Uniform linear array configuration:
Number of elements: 32
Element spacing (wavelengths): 0.25
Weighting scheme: exponential
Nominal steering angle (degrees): -60
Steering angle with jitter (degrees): -59.505
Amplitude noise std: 0.05
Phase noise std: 0.05

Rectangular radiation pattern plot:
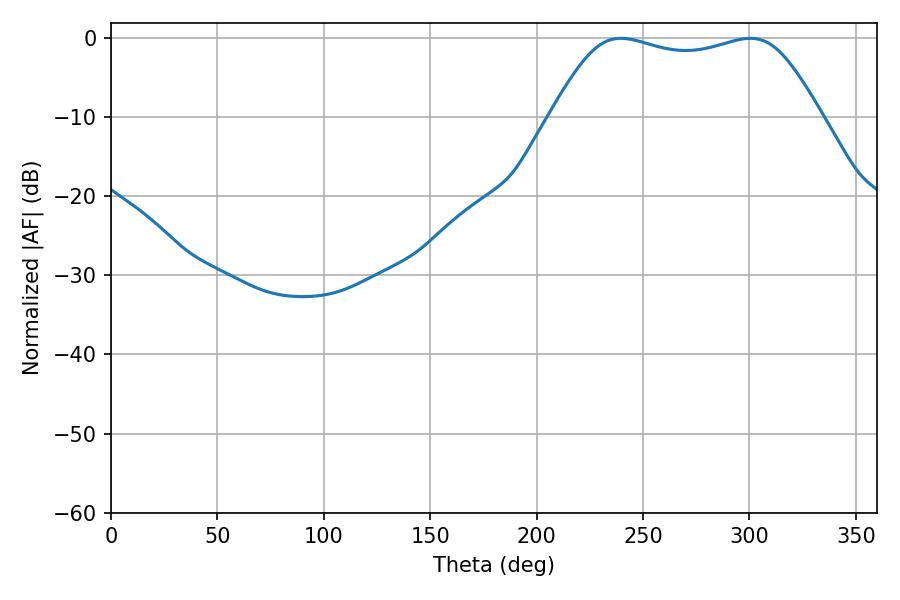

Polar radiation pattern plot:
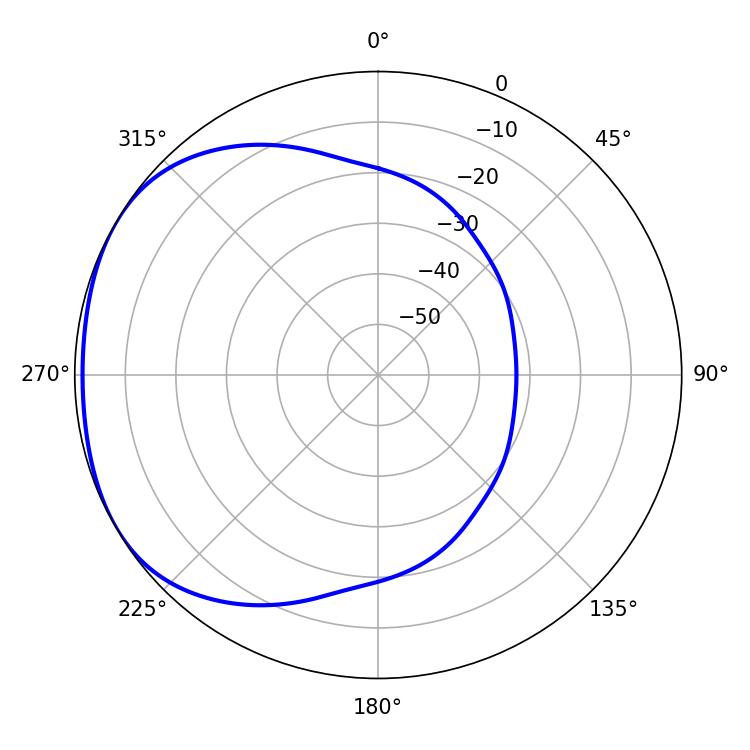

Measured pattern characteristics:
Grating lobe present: FALSE
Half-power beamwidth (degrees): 96.84
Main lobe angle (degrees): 239.58